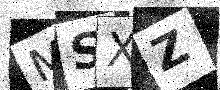
Text: MSXZ